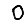
Digit: 0